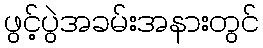
ဖွင့်ပွဲအခမ်းအနားတွင်